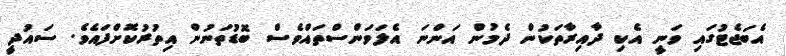
އެބަޖެޓުގައި ވަނީ އެކި ދާއިރާާތަކުން ދެމުން އަންނަ އެލަވަންސްތައްވެސް ބޮޑުތަނުން އިތުރުކޮށްފައެވެ. ސައުދީ